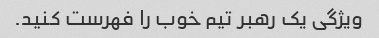
ویژگی یک رهبر تیم خوب را فهرست کنید.